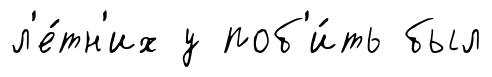
л'е́тн'их у поб'и́ть был